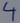
Text: 4